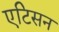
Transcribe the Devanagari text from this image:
एटिसन